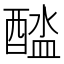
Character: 𨡬